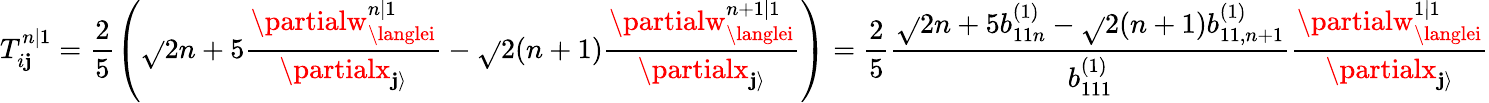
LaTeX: T_{i\mathbf{j}}^{n|1}=\frac{{2}}{{5}}\left(\sqrt{}{{2n+5}}\frac{{\partialw_{\langlei}^{n|1}}}{{\partialx_{\mathbf{j}\rangle}}}-\sqrt{}{{2(n+1)}}\frac{{\partialw_{\langlei}^{n+1|1}}}{{\partialx_{\mathbf{j}\rangle}}}\right)=\frac{{2}}{{5}}\frac{{\sqrt{}{{2n+5}}b_{11n}^{(1)}-\sqrt{}{{2(n+1)}}b_{11,n+1}^{(1)}}}{{b_{111}^{(1)}}}\frac{{\partialw_{\langlei}^{1|1}}}{{\partialx_{\mathbf{j}\rangle}}}